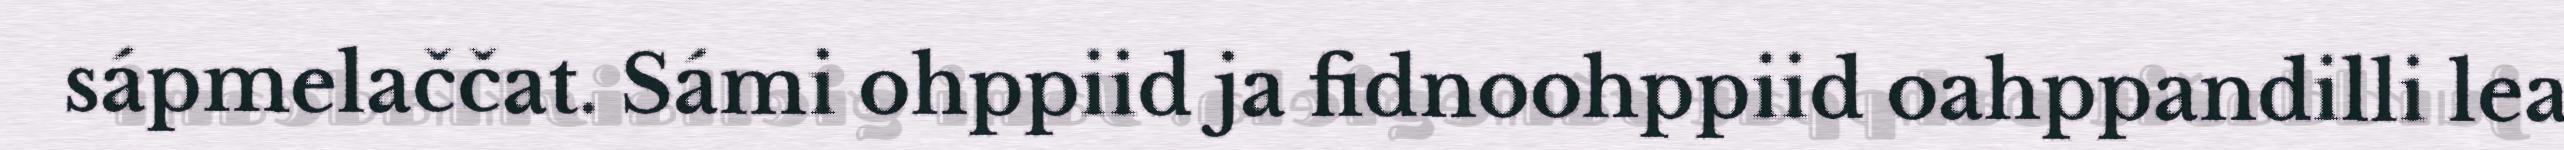
sápmelaččat. Sámi ohppiid ja fidnoohppiid oahppandilli lea